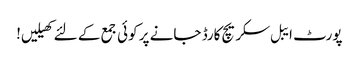
پورٹ ایبل سکریچ کارڈ جانے پر کوئی جمع کے لئے کھیلیں!